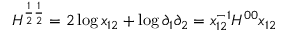
H ^ { \frac { 1 } { 2 } \frac { 1 } { 2 } } = 2 \log x _ { 1 2 } + \log \partial _ { 1 } \partial _ { 2 } = x _ { 1 2 } ^ { - 1 } H ^ { 0 0 } x _ { 1 2 }